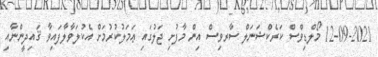
12-09-2021 މޯލްޑިވްސް ކަރެކްޝަނަލް ސާރވިސް އިން މާފުށި ޖަލުގައި ޢަމަލުކުރުމަށް އެކުލަވާލާފައިވާ ޤައިދީންނާއި